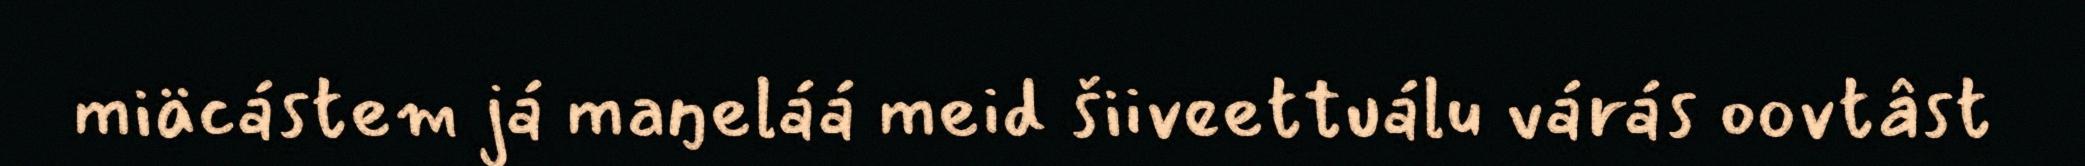
miäcástem já maŋeláá meid šiiveettuálu várás oovtâst